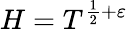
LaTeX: H=T^{{\frac{1}{2}}+\varepsilon}